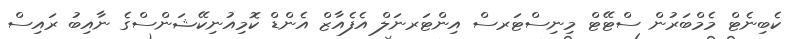
ކެބިނެޓް މެމްބަރުން ސްޓޭޓް މިނިސްޓަރސް އިންޓަރނަލް އެފެއާޒް އެންޑް ކޮމިއުނިކޭޝަންސްގެ ނާއިބު ރައިސް